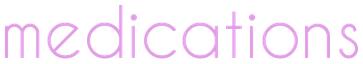
medications